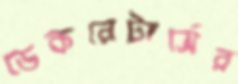
ডেকরেটার্সের